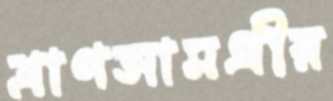
ত্রাণসামগ্রীর